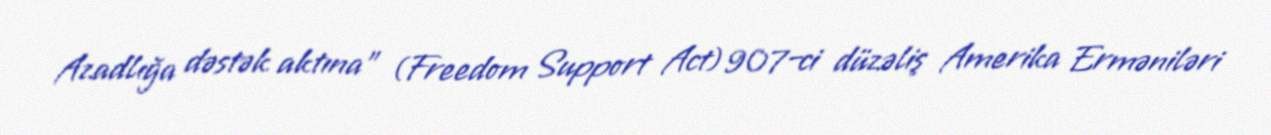
Azadlığa dəstək aktına" (Freedom Support Act) 907–ci düzəliş Amerika Erməniləri